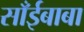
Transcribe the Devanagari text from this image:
साँईबाबा